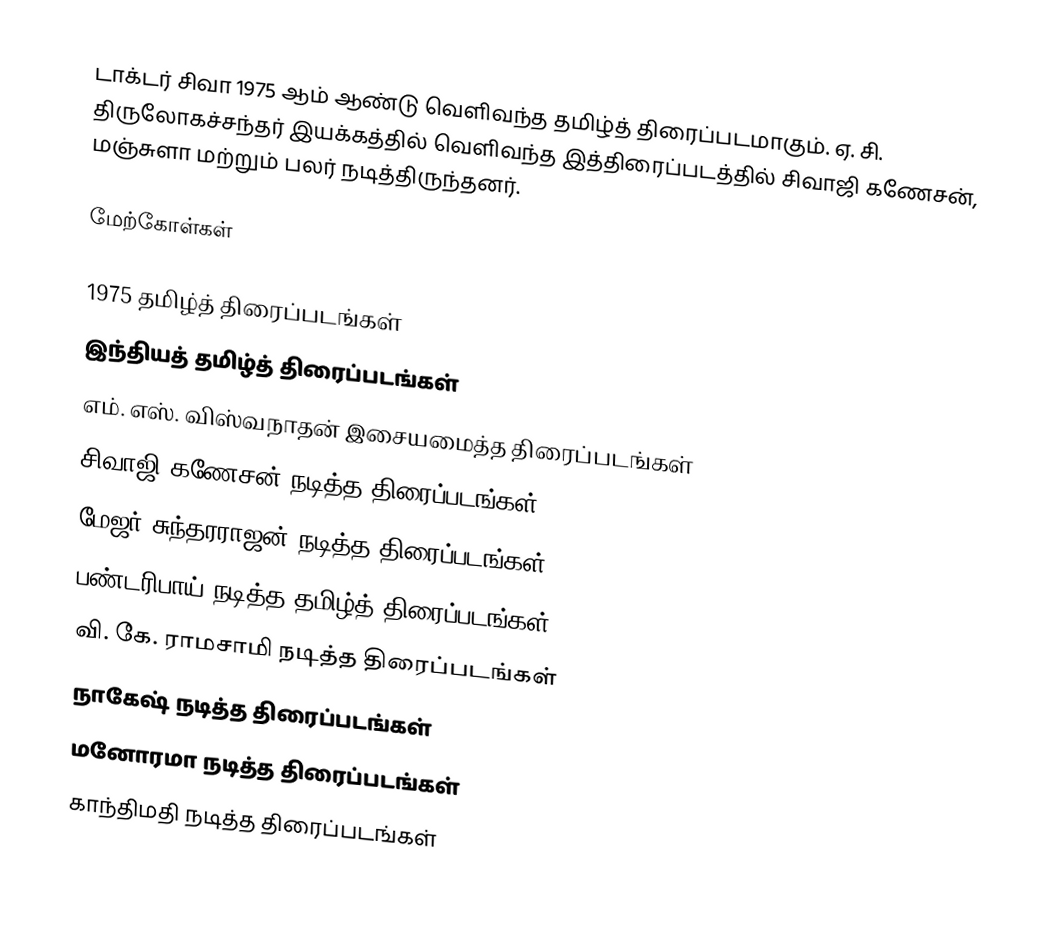
டாக்டர் சிவா 1975 ஆம் ஆண்டு வெளிவந்த தமிழ்த் திரைப்படமாகும். ஏ. சி. திருலோகச்சந்தர் இயக்கத்தில் வெளிவந்த இத்திரைப்படத்தில் சிவாஜி கணேசன், மஞ்சுளா மற்றும் பலர் நடித்திருந்தனர்.

மேற்கோள்கள்

1975 தமிழ்த் திரைப்படங்கள்
இந்தியத் தமிழ்த் திரைப்படங்கள்
எம். எஸ். விஸ்வநாதன் இசையமைத்த திரைப்படங்கள்
சிவாஜி கணேசன் நடித்த திரைப்படங்கள்
மேஜர் சுந்தரராஜன் நடித்த திரைப்படங்கள்
பண்டரிபாய் நடித்த தமிழ்த் திரைப்படங்கள்
வி. கே. ராமசாமி நடித்த திரைப்படங்கள்
நாகேஷ் நடித்த திரைப்படங்கள்
மனோரமா நடித்த திரைப்படங்கள்
காந்திமதி நடித்த திரைப்படங்கள்